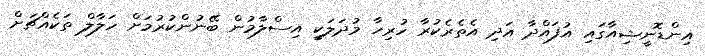
އިންޑޮނީޝިއާގައި އުފައްދާ އަދި އެތެެރެކުރާ ހުރިހާ މުދަލަކީ އިސްލާމުން ބޭނުންކުރުމަށް ހަލާލް ތަކެއްޗަށް